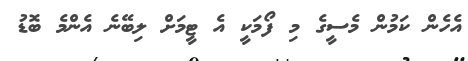
އެހެން ކަމުން މެސީގެ މި ފޯމަކީ އެ ޓީމަށް ލިބޭނެ އެންމެ ބޮޑު